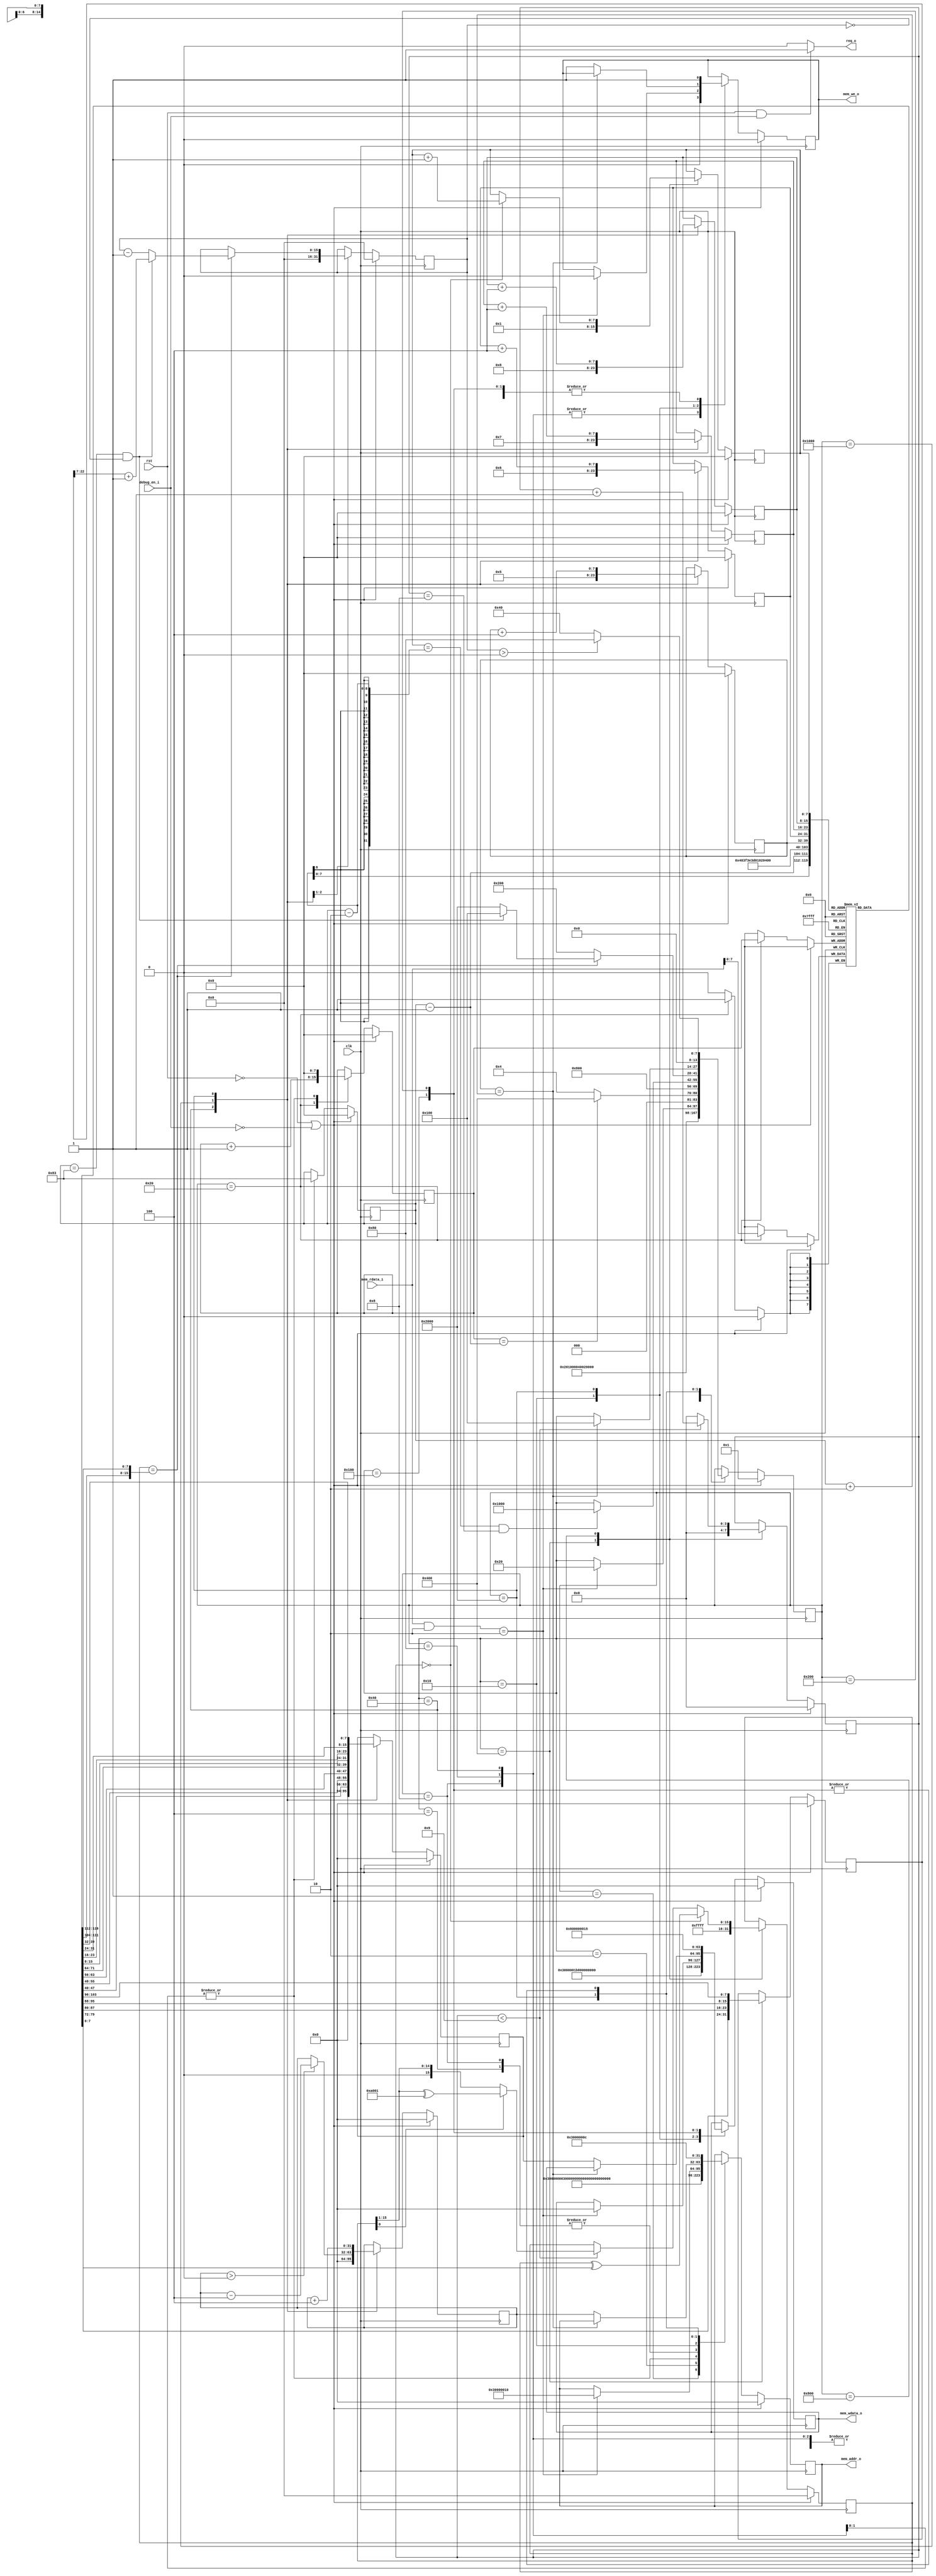
 /*                                                                      
 Copyright 2020 Blue Liang, liangkangnan@163.com
                                                                         
 Licensed under the Apache License, Version 2.0 (the "License");         
 you may not use this file except in compliance with the License.        
 You may obtain a copy of the License at                                 
                                                                         
     http://www.apache.org/licenses/LICENSE-2.0                          
                                                                         
 Unless required by applicable law or agreed to in writing, software    
 distributed under the License is distributed on an "AS IS" BASIS,       
 WITHOUT WARRANTIES OR CONDITIONS OF ANY KIND, either express or implied.
 See the License for the specific language governing permissions and     
 limitations under the License.                                          
 */


// clk = 50MHz
`define UART_BAUD_115200        32'h1B8

// 
`define UART_CTRL_REG           32'h30000000
`define UART_STATUS_REG         32'h30000004
`define UART_BAUD_REG           32'h30000008
`define UART_TX_REG             32'h3000000c
`define UART_RX_REG             32'h30000010

`define UART_TX_BUSY_FLAG       32'h1
`define UART_RX_OVER_FLAG       32'h2

// 
`define UART_FIRST_PACKET_LEN   8'd131
// ()
`define UART_REMAIN_PACKET_LEN  8'd131

`define UART_RESP_ACK           32'h6
`define UART_RESP_NAK           32'h15

// 
`define ROM_START_ADDR          32'h0


// 
module uart_debug(

    input wire clk,                // 
    input wire rst,                // 

    input wire debug_en_i,         // 

    output wire req_o,
    output reg mem_we_o,
    output reg[31:0] mem_addr_o,
    output reg[31:0] mem_wdata_o,
    input wire[31:0] mem_rdata_i

    );


    // 
    localparam S_IDLE                    = 14'h0001;
    localparam S_INIT_UART_BAUD          = 14'h0002;
    localparam S_CLEAR_UART_RX_OVER_FLAG = 14'h0004;
    localparam S_WAIT_BYTE               = 14'h0008;
    localparam S_WAIT_BYTE2              = 14'h0010;
    localparam S_GET_BYTE                = 14'h0020;
    localparam S_REC_FIRST_PACKET        = 14'h0040;
    localparam S_REC_REMAIN_PACKET       = 14'h0080;
    localparam S_SEND_ACK                = 14'h0100;
    localparam S_SEND_NAK                = 14'h0200;
    localparam S_CRC_START               = 14'h0400;
    localparam S_CRC_CALC                = 14'h0800;
    localparam S_CRC_END                 = 14'h1000;
    localparam S_WRITE_MEM               = 14'h2000;

    reg[13:0] state;

    // 
    reg[7:0] rx_data[0:131];
    reg[7:0] rec_bytes_index;
    reg[7:0] need_to_rec_bytes;
    reg[15:0] remain_packet_count;
    reg[31:0] fw_file_size;
    reg[31:0] write_mem_addr;
    reg[31:0] write_mem_data;
    reg[7:0] write_mem_byte_index0;
    reg[7:0] write_mem_byte_index1;
    reg[7:0] write_mem_byte_index2;
    reg[7:0] write_mem_byte_index3;

    reg[15:0] crc_result;
    reg[3:0] crc_bit_index;
    reg[7:0] crc_byte_index;


    // 
    assign req_o = (rst == 1'b1 && debug_en_i == 1'b1)? 1'b1: 1'b0;


    always @ (posedge clk) begin
        if (rst == 1'b0 || debug_en_i == 1'b0) begin
            mem_addr_o <= 32'h0;
            mem_we_o <= 1'b0;
            mem_wdata_o <= 32'h0;
            state <= S_IDLE;
            remain_packet_count <= 16'h0;
        end else begin
            case (state)
                S_IDLE: begin
                    mem_addr_o <= `UART_CTRL_REG;
                    mem_wdata_o <= 32'h3;
                    mem_we_o <= 1'b1;
                    state <= S_INIT_UART_BAUD;
                end
                S_INIT_UART_BAUD: begin
                    mem_addr_o <= `UART_BAUD_REG;
                    mem_wdata_o <= `UART_BAUD_115200;
                    mem_we_o <= 1'b1;
                    state <= S_REC_FIRST_PACKET;
                end
                S_REC_FIRST_PACKET: begin
                    remain_packet_count <= 16'h0;
                    mem_addr_o <= 32'h0;
                    mem_we_o <= 1'b0;
                    mem_wdata_o <= 32'h0;
                    state <= S_CLEAR_UART_RX_OVER_FLAG;
                end
                S_REC_REMAIN_PACKET: begin
                    mem_addr_o <= 32'h0;
                    mem_we_o <= 1'b0;
                    mem_wdata_o <= 32'h0;
                    state <= S_CLEAR_UART_RX_OVER_FLAG;
                end
                S_CLEAR_UART_RX_OVER_FLAG: begin
                    mem_addr_o <= `UART_STATUS_REG;
                    mem_wdata_o <= 32'h0;
                    mem_we_o <= 1'b1;
                    state <= S_WAIT_BYTE;
                end
                S_WAIT_BYTE: begin
                    mem_addr_o <= `UART_STATUS_REG;
                    mem_wdata_o <= 32'h0;
                    mem_we_o <= 1'b0;
                    state <= S_WAIT_BYTE2;
                end
                S_WAIT_BYTE2: begin
                    if ((mem_rdata_i & `UART_RX_OVER_FLAG) == `UART_RX_OVER_FLAG) begin
                        mem_addr_o <= `UART_RX_REG;
                        mem_wdata_o <= 32'h0;
                        mem_we_o <= 1'b0;
                        state <= S_GET_BYTE;
                    end
                end
                S_GET_BYTE: begin
                    if (rec_bytes_index == (need_to_rec_bytes - 1'b1)) begin
                        state <= S_CRC_START;
                    end else begin
                        state <= S_CLEAR_UART_RX_OVER_FLAG;
                    end
                end
                S_CRC_START: begin
                    state <= S_CRC_CALC;
                end
                S_CRC_CALC: begin
                    if ((crc_byte_index == need_to_rec_bytes - 2) && crc_bit_index == 4'h8) begin
                        state <= S_CRC_END;
                    end
                end
                S_CRC_END: begin
                    if (crc_result == {rx_data[need_to_rec_bytes - 1], rx_data[need_to_rec_bytes - 2]}) begin
                        if (need_to_rec_bytes == `UART_FIRST_PACKET_LEN && remain_packet_count == 16'h0) begin
                            remain_packet_count <= {7'h0, fw_file_size[31:7]} + 1'b1;
                            state <= S_SEND_ACK;
                        end else begin
                            remain_packet_count <= remain_packet_count - 1'b1;
                            state <= S_WRITE_MEM;
                        end
                    end else begin
                        state <= S_SEND_NAK;
                    end
                end
                S_WRITE_MEM: begin
                    if (write_mem_byte_index0 == (need_to_rec_bytes + 2)) begin
                        state <= S_SEND_ACK;
                    end else begin
                        mem_addr_o <= write_mem_addr;
                        mem_wdata_o <= write_mem_data;
                        mem_we_o <= 1'b1;
                    end
                end
                S_SEND_ACK: begin
                    mem_addr_o <= `UART_TX_REG;
                    mem_wdata_o <= `UART_RESP_ACK;
                    mem_we_o <= 1'b1;
                    if (remain_packet_count > 0) begin
                        state <= S_REC_REMAIN_PACKET;
                    end else begin
                        state <= S_REC_FIRST_PACKET;
                    end
                end
                S_SEND_NAK: begin
                    mem_addr_o <= `UART_TX_REG;
                    mem_wdata_o <= `UART_RESP_NAK;
                    mem_we_o <= 1'b1;
                    if (remain_packet_count > 0) begin
                        state <= S_REC_REMAIN_PACKET;
                    end else begin
                        state <= S_REC_FIRST_PACKET;
                    end
                end
            endcase
        end
    end

    // 
    always @ (posedge clk) begin
        if (rst == 1'b0 || debug_en_i == 1'b0) begin
            need_to_rec_bytes <= 8'h0;
        end else begin
            case (state)
                S_REC_FIRST_PACKET: begin
                    need_to_rec_bytes <= `UART_FIRST_PACKET_LEN;
                end
                S_REC_REMAIN_PACKET: begin
                    need_to_rec_bytes <= `UART_REMAIN_PACKET_LEN;
                end
            endcase
        end
    end

    // 
    always @ (posedge clk) begin
        if (rst == 1'b0 || debug_en_i == 1'b0) begin
            rec_bytes_index <= 8'h0;
        end else begin
            case (state)
                S_GET_BYTE: begin
                    rx_data[rec_bytes_index] <= mem_rdata_i[7:0];
                    rec_bytes_index <= rec_bytes_index + 1'b1;
                end
                S_REC_FIRST_PACKET: begin
                    rec_bytes_index <= 8'h0;
                end
                S_REC_REMAIN_PACKET: begin
                    rec_bytes_index <= 8'h0;
                end
            endcase
        end
    end

    // 
    always @ (posedge clk) begin
        if (rst == 1'b0 || debug_en_i == 1'b0) begin
            fw_file_size <= 32'h0;
        end else begin
            case (state)
                S_CRC_START: begin
                    fw_file_size <= {rx_data[61], rx_data[62], rx_data[63], rx_data[64]};
                end
            endcase
        end
    end

    // 
    always @ (posedge clk) begin
        if (rst == 1'b0 || debug_en_i == 1'b0) begin
            write_mem_addr <= 32'h0;
        end else begin
            case (state)
                S_REC_FIRST_PACKET: begin
                    write_mem_addr <= `ROM_START_ADDR;
                end
                S_CRC_END: begin
                    if (write_mem_addr > 0)
                        write_mem_addr <= write_mem_addr - 4;
                end
                S_WRITE_MEM: begin
                    write_mem_addr <= write_mem_addr + 4;
                end
            endcase
        end
    end

    always @ (posedge clk) begin
        if (rst == 1'b0 || debug_en_i == 1'b0) begin
            write_mem_data <= 32'h0;
        end else begin
            case (state)
                S_REC_FIRST_PACKET: begin
                    write_mem_data <= 32'h0;
                end
                S_CRC_END: begin
                    write_mem_data <= {rx_data[4], rx_data[3], rx_data[2], rx_data[1]};
                end
                S_WRITE_MEM: begin
                    write_mem_data <= {rx_data[write_mem_byte_index3], rx_data[write_mem_byte_index2], rx_data[write_mem_byte_index1], rx_data[write_mem_byte_index0]};
                end
            endcase
        end
    end

    always @ (posedge clk) begin
        if (rst == 1'b0 || debug_en_i == 1'b0) begin
            write_mem_byte_index0 <= 8'h0;
        end else begin
            case (state)
                S_REC_FIRST_PACKET: begin
                    write_mem_byte_index0 <= 8'h0;
                end
                S_CRC_END: begin
                    write_mem_byte_index0 <= 8'h5;
                end
                S_WRITE_MEM: begin
                    write_mem_byte_index0 <= write_mem_byte_index0 + 4;
                end
            endcase
        end
    end

    always @ (posedge clk) begin
        if (rst == 1'b0 || debug_en_i == 1'b0) begin
            write_mem_byte_index1 <= 8'h0;
        end else begin
            case (state)
                S_REC_FIRST_PACKET: begin
                    write_mem_byte_index1 <= 8'h0;
                end
                S_CRC_END: begin
                    write_mem_byte_index1 <= 8'h6;
                end
                S_WRITE_MEM: begin
                    write_mem_byte_index1 <= write_mem_byte_index1 + 4;
                end
            endcase
        end
    end

    always @ (posedge clk) begin
        if (rst == 1'b0 || debug_en_i == 1'b0) begin
            write_mem_byte_index2 <= 8'h0;
        end else begin
            case (state)
                S_REC_FIRST_PACKET: begin
                    write_mem_byte_index2 <= 8'h0;
                end
                S_CRC_END: begin
                    write_mem_byte_index2 <= 8'h7;
                end
                S_WRITE_MEM: begin
                    write_mem_byte_index2 <= write_mem_byte_index2 + 4;
                end
            endcase
        end
    end

    always @ (posedge clk) begin
        if (rst == 1'b0 || debug_en_i == 1'b0) begin
            write_mem_byte_index3 <= 8'h0;
        end else begin
            case (state)
                S_REC_FIRST_PACKET: begin
                    write_mem_byte_index3 <= 8'h0;
                end
                S_CRC_END: begin
                    write_mem_byte_index3 <= 8'h8;
                end
                S_WRITE_MEM: begin
                    write_mem_byte_index3 <= write_mem_byte_index3 + 4;
                end
            endcase
        end
    end

    // CRC
    always @ (posedge clk) begin
        if (rst == 1'b0 || debug_en_i == 1'b0) begin
            crc_result <= 16'h0;
        end else begin
            case (state)
                S_CRC_START: begin
                    crc_result <= 16'hffff;
                end
                S_CRC_CALC: begin
                    if (crc_bit_index == 4'h0) begin
                        crc_result <= crc_result ^ rx_data[crc_byte_index];
                    end else begin
                        if (crc_bit_index < 4'h9) begin
                            if (crc_result[0] == 1'b1) begin
                                crc_result <= {1'b0, crc_result[15:1]} ^ 16'ha001;
                            end else begin
                                crc_result <= {1'b0, crc_result[15:1]};
                            end
                        end
                    end
                end
            endcase
        end
    end

    always @ (posedge clk) begin
        if (rst == 1'b0 || debug_en_i == 1'b0) begin
            crc_bit_index <= 4'h0;
        end else begin
            case (state)
                S_CRC_START: begin
                    crc_bit_index <= 4'h0;
                end
                S_CRC_CALC: begin
                    if (crc_bit_index < 4'h9) begin
                        crc_bit_index <= crc_bit_index + 1'b1;
                    end else begin
                        crc_bit_index <= 4'h0;
                    end
                end
            endcase
        end
    end

    always @ (posedge clk) begin
        if (rst == 1'b0 || debug_en_i == 1'b0) begin
            crc_byte_index <= 8'h0;
        end else begin
            case (state)
                S_CRC_START: begin
                    crc_byte_index <= 8'h1;
                end
                S_CRC_CALC: begin
                    if (crc_bit_index == 4'h0) begin
                        crc_byte_index <= crc_byte_index + 1'b1;
                    end
                end
            endcase
        end
    end

endmodule